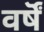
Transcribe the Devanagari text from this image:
वर्षॆं